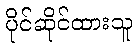
ပိုင်ဆိုင်ထားသူ